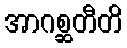
အာဂစ္ဆတီတိ